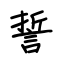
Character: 誓